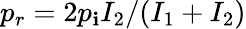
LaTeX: p_{r}=2p_{\mathbf{i}}I_{2}/(I_{1}+I_{2})